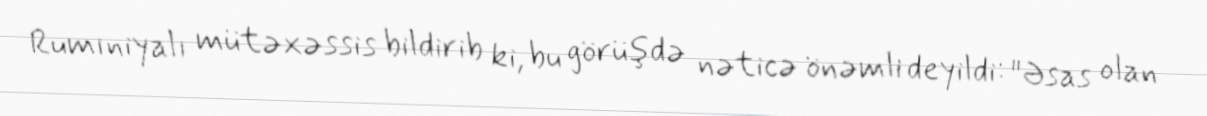
Rumıniyalı mütəxəssis bildirib ki, bu görüşdə nəticə önəmli deyildi: "Əsas olan